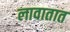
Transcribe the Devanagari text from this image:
लावातात